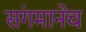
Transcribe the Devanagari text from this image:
संगमानेच